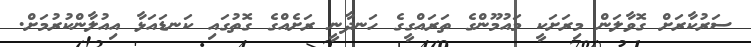
ސަރުކާރަށް ގޮވާލަން މިރަށަކީ މައުމޫންގެ ތަރައްގީގެ ހަނދާނީ ރަށެއްގެ ގޮތުގައި ކަނޑައަޅާ އިއުލާންކުރުމަށް.